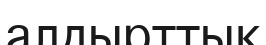
алдырттық